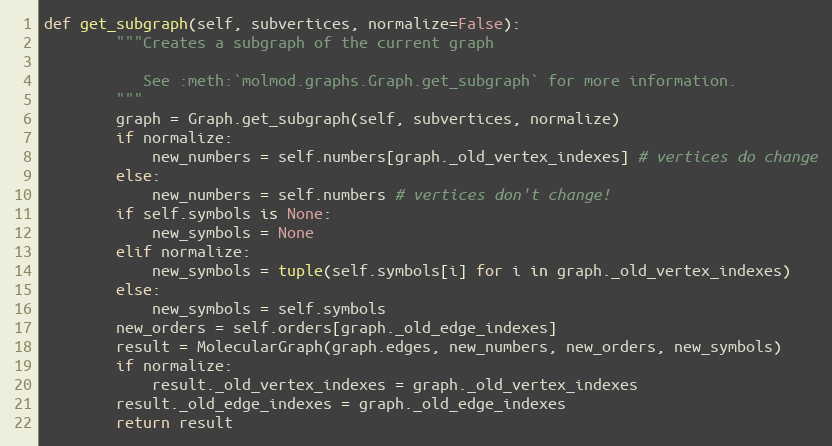
Language: Python
def get_subgraph(self, subvertices, normalize=False):
        """Creates a subgraph of the current graph

           See :meth:`molmod.graphs.Graph.get_subgraph` for more information.
        """
        graph = Graph.get_subgraph(self, subvertices, normalize)
        if normalize:
            new_numbers = self.numbers[graph._old_vertex_indexes] # vertices do change
        else:
            new_numbers = self.numbers # vertices don't change!
        if self.symbols is None:
            new_symbols = None
        elif normalize:
            new_symbols = tuple(self.symbols[i] for i in graph._old_vertex_indexes)
        else:
            new_symbols = self.symbols
        new_orders = self.orders[graph._old_edge_indexes]
        result = MolecularGraph(graph.edges, new_numbers, new_orders, new_symbols)
        if normalize:
            result._old_vertex_indexes = graph._old_vertex_indexes
        result._old_edge_indexes = graph._old_edge_indexes
        return result